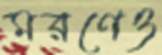
মরণেও